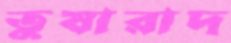
তুষারাদ